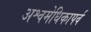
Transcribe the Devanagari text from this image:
अश्वमेधिकापर्व